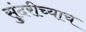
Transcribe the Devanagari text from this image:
सुंदरीच्याच